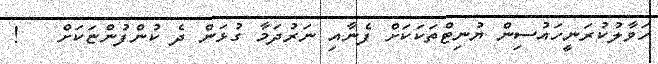
ހަވާލުކުރަނީހައުސިން ޔުނިޓްތަކަކަށް ފެނާއި ނަރުދަމާ ގުޅަން ދެ ކުންފުންޏަކަށް   !